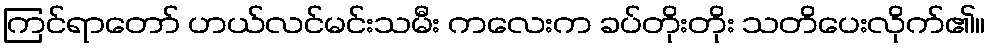
ကြင်ရာတော် ဟယ်လင်မင်းသမီး ကလေးက ခပ်တိုးတိုး သတိပေးလိုက်၏။